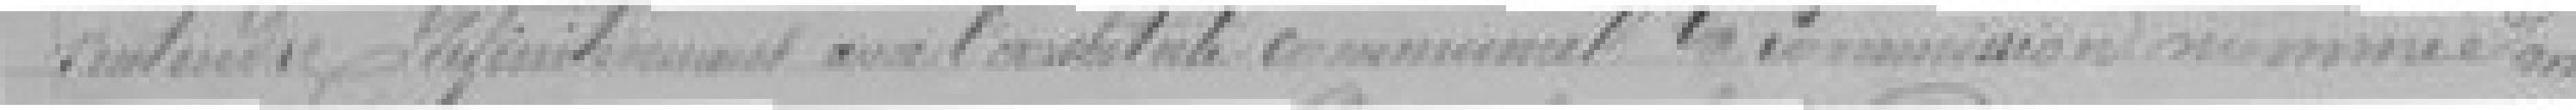
s'intéresser définitivement ???,??? Communal la commission sus nommée dans